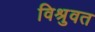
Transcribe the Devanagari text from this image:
विश्रुवत